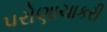
પરોણાચાકરી